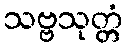
သဗ္ဗသုတ္တံ